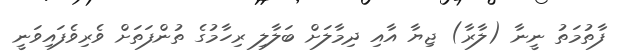
ފާތުމަތު ނީނާ (ލާރާ) ޖިޔާ އާއި ދިމާލަށް ބަލާލި ރިހާމުގެ ތުންފަތަށް ވެރިވެފައިވަނީ